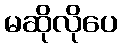
မဆိုလိုပေ